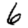
Digit: 6